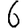
Digit: 6